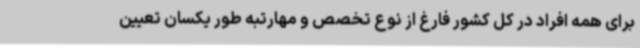
برای همه افراد در کل کشور فارغ از نوع تخصص و مهارتبه طور یکسان تعیین